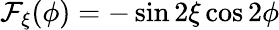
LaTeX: \mathcal{F}_{\xi}(\phi)=-\sin 2\xi\cos 2\phi